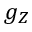
g _ { Z }